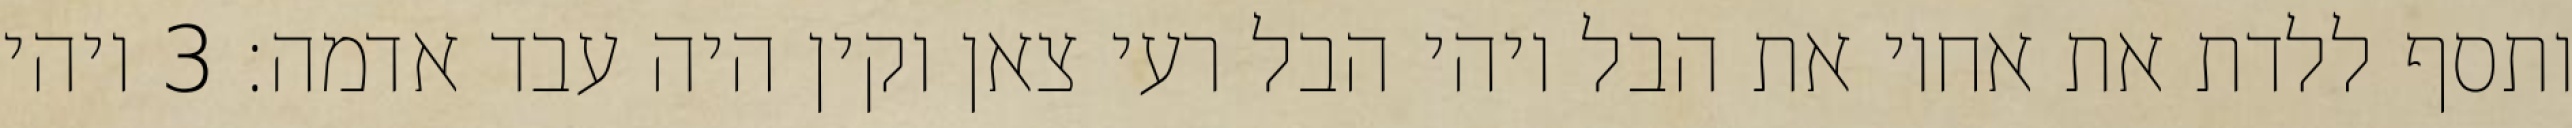
ותסף ללדת את אחיו את הבל ויהי הבל רעי צאן וקין היה עבד אדמה׃ ‎3‏ ויהי